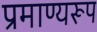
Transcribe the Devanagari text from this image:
प्रमाण्यरूप